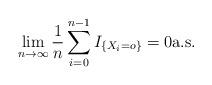
LaTeX: \begin{align*} \lim_{n\to\infty}\frac{1}{n}\sum_{i=0}^{n-1}I_{\{X_i=o\}}=0 \hbox{\rm a.s.}\end{align*}